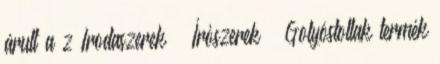
árult a z Irodaszerek Írószerek Golyóstollak termék